Jaan_Tonisson_(Lasteleht), lk 146
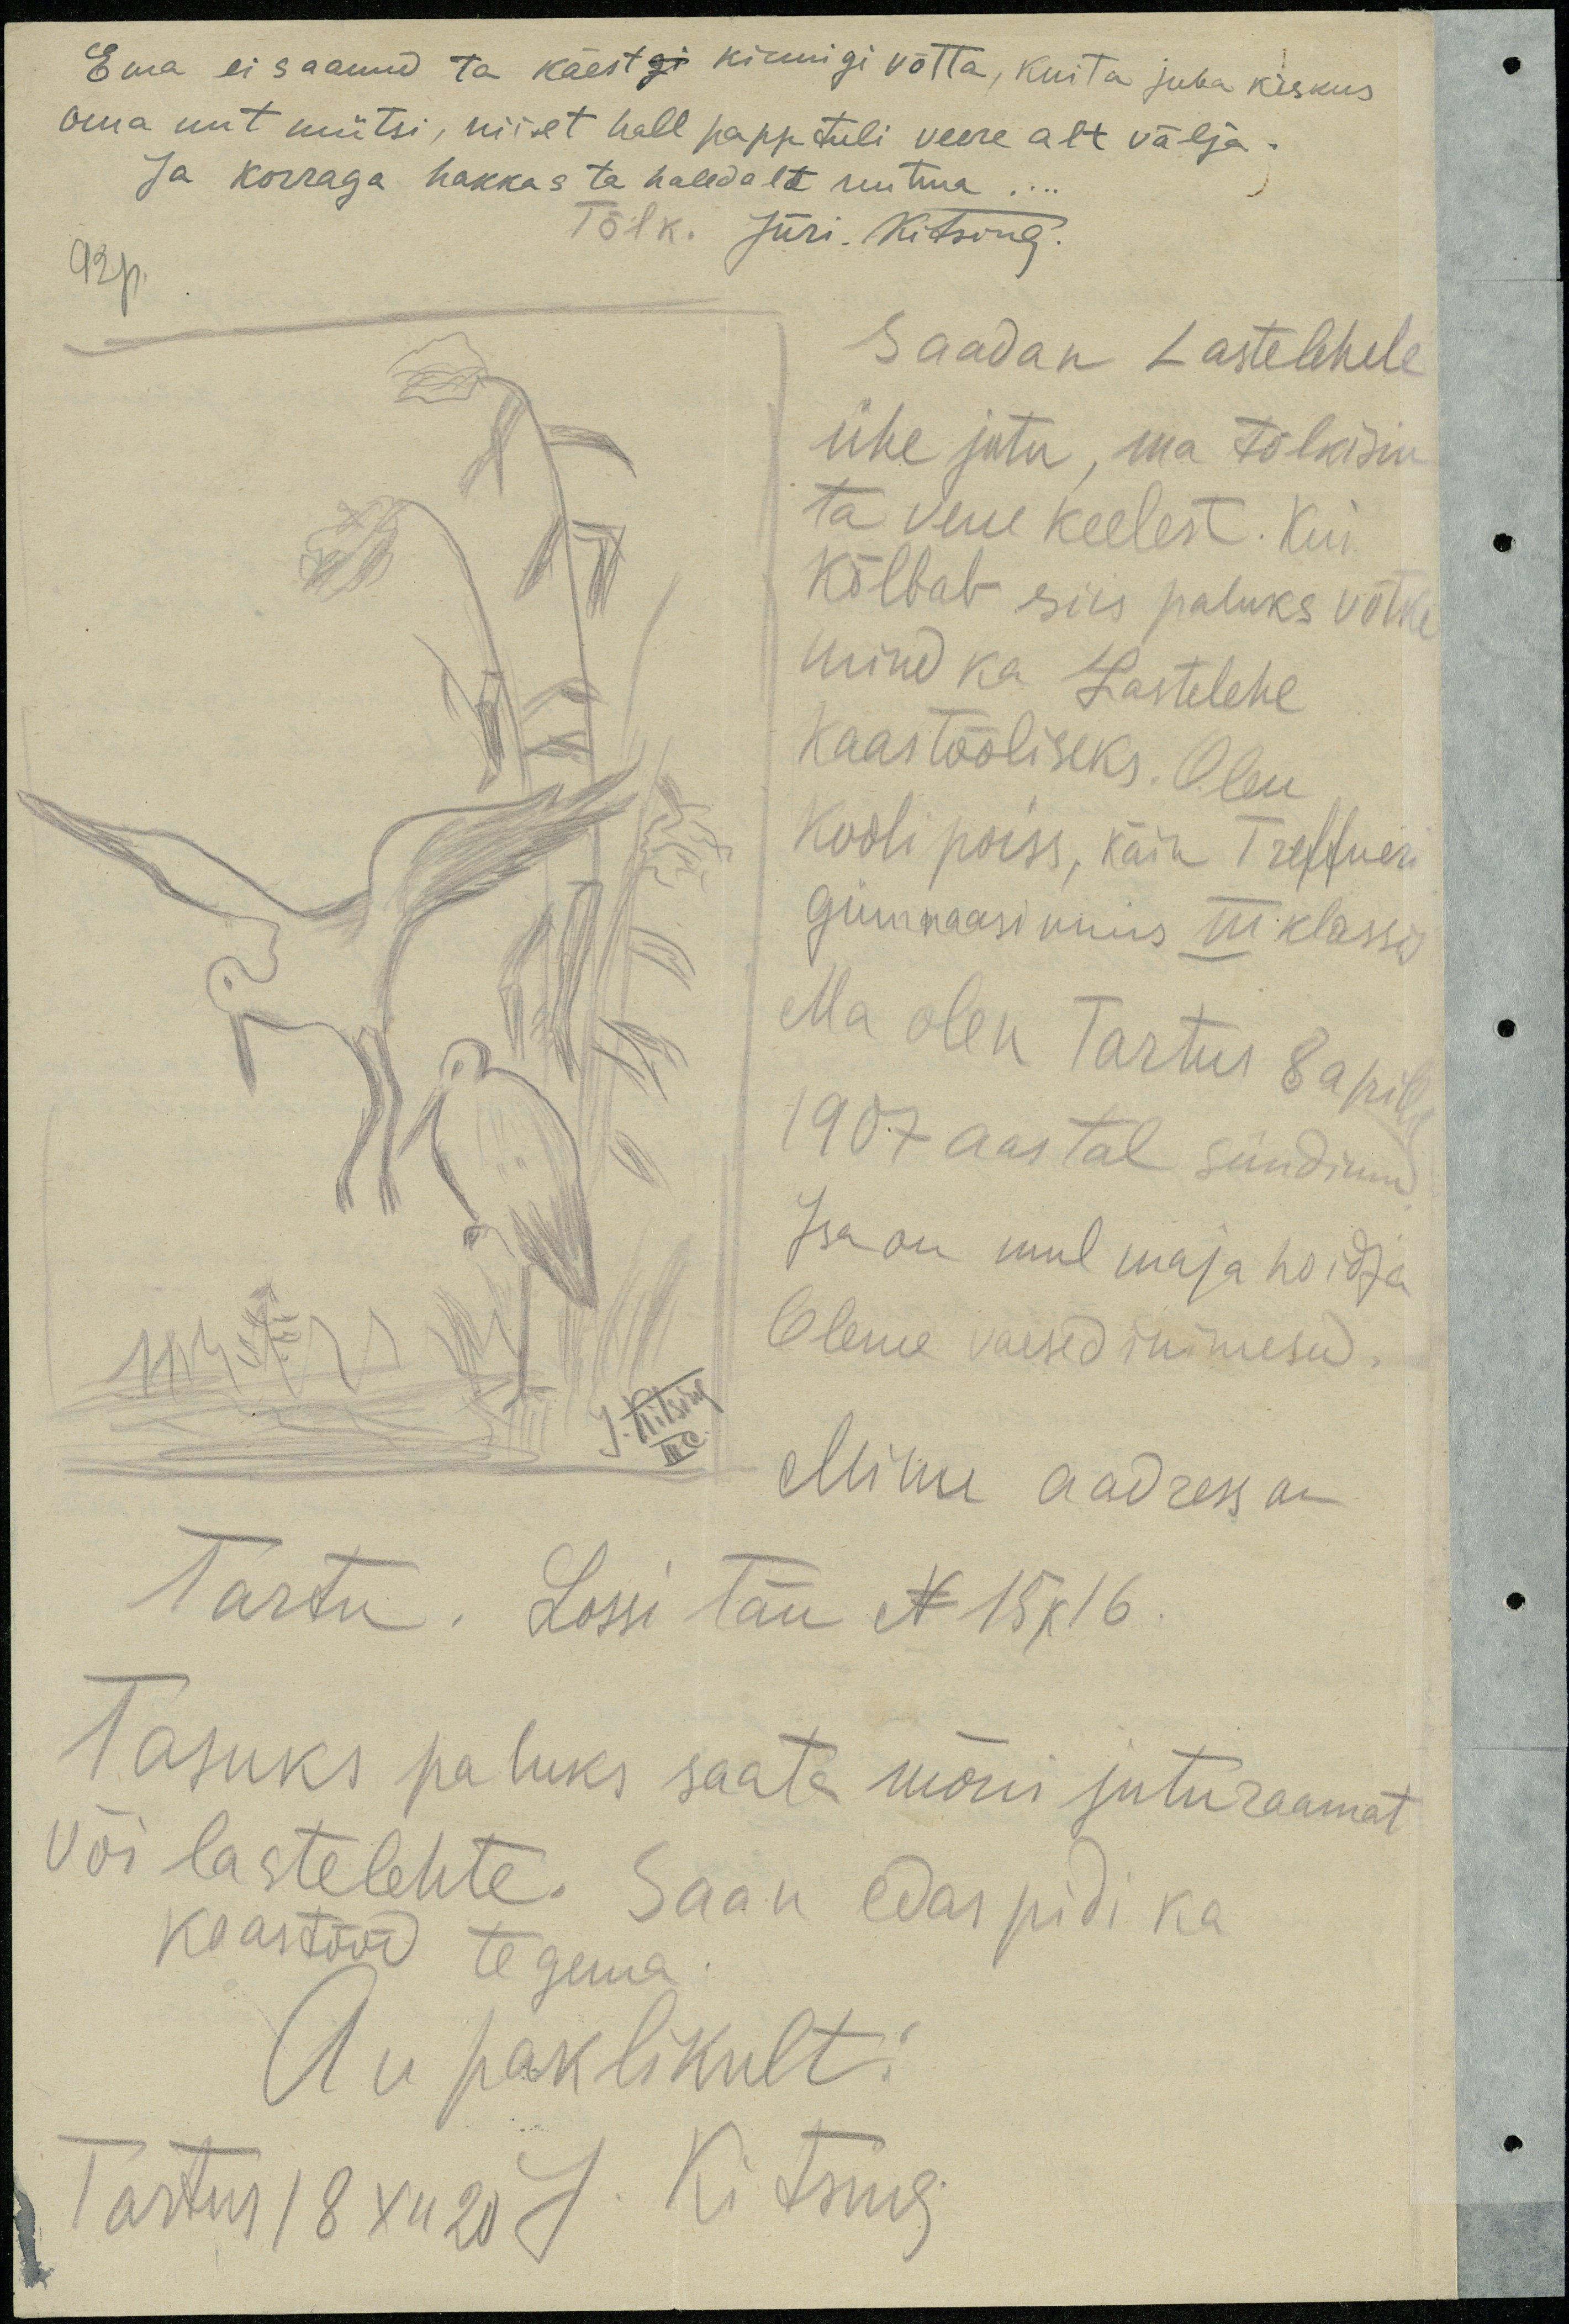
Ema ei saanud ta käestgi kinnigi võtta, kuita juba kiskus
oma uut mütsi, nii et hall papp tuli veere alt välja.
Ja korraga hakkas ta hallalt nutma...
92p
Tõlk. Jüri. Kitsing.
Saadan Lastelehele
ühe jutu, ma tõlkisin
ta vene keelest. Kui
kõlbab siis paluks võtke
mind ka Lastelehe
kaastööliseks. Olen
Kooli poiss, käin Treffneri
gümnaasiumus III klassis
Ma olen Tartus 8 aprill
1907 aastal sündinud
Isa on mul maja hoidja
Oleme vaesed inimesed
Minu aadress on
Tartu, Lossi tän N 15 k 16.
Tasuks paluks saata mõni juturaamat
või lastelehte. Saan edaspidi ka
kaastööd tegema.
Au paklikult:
Tartus 18 XII 20 J. Kitsing